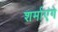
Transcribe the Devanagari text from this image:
शर्माएंगे